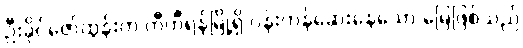
ဦးခိုင်ဇော်ထွန်းက တီဟီရန်မြို့ရှိ ပန်းကန်ဆေးနေသော မြေဖြစ်သည်